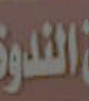
الندوة